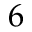
6